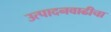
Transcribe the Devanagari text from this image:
उत्पादनवाढीचा